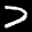
Label: 7